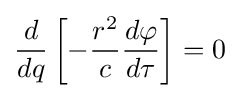
{\frac {d}{dq}}\left[-{\frac {r^{2}}{c}}{\frac {d\varphi }{d\tau }}\right]=0